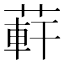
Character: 蓒